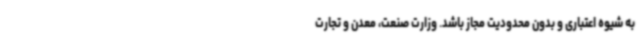
به شیوه اعتباری و بدون محدودیت مجاز باشد. وزارت صنعت، معدن و تجارت